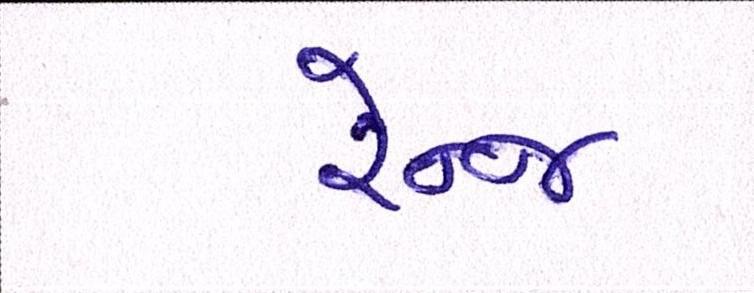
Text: રેન્જ